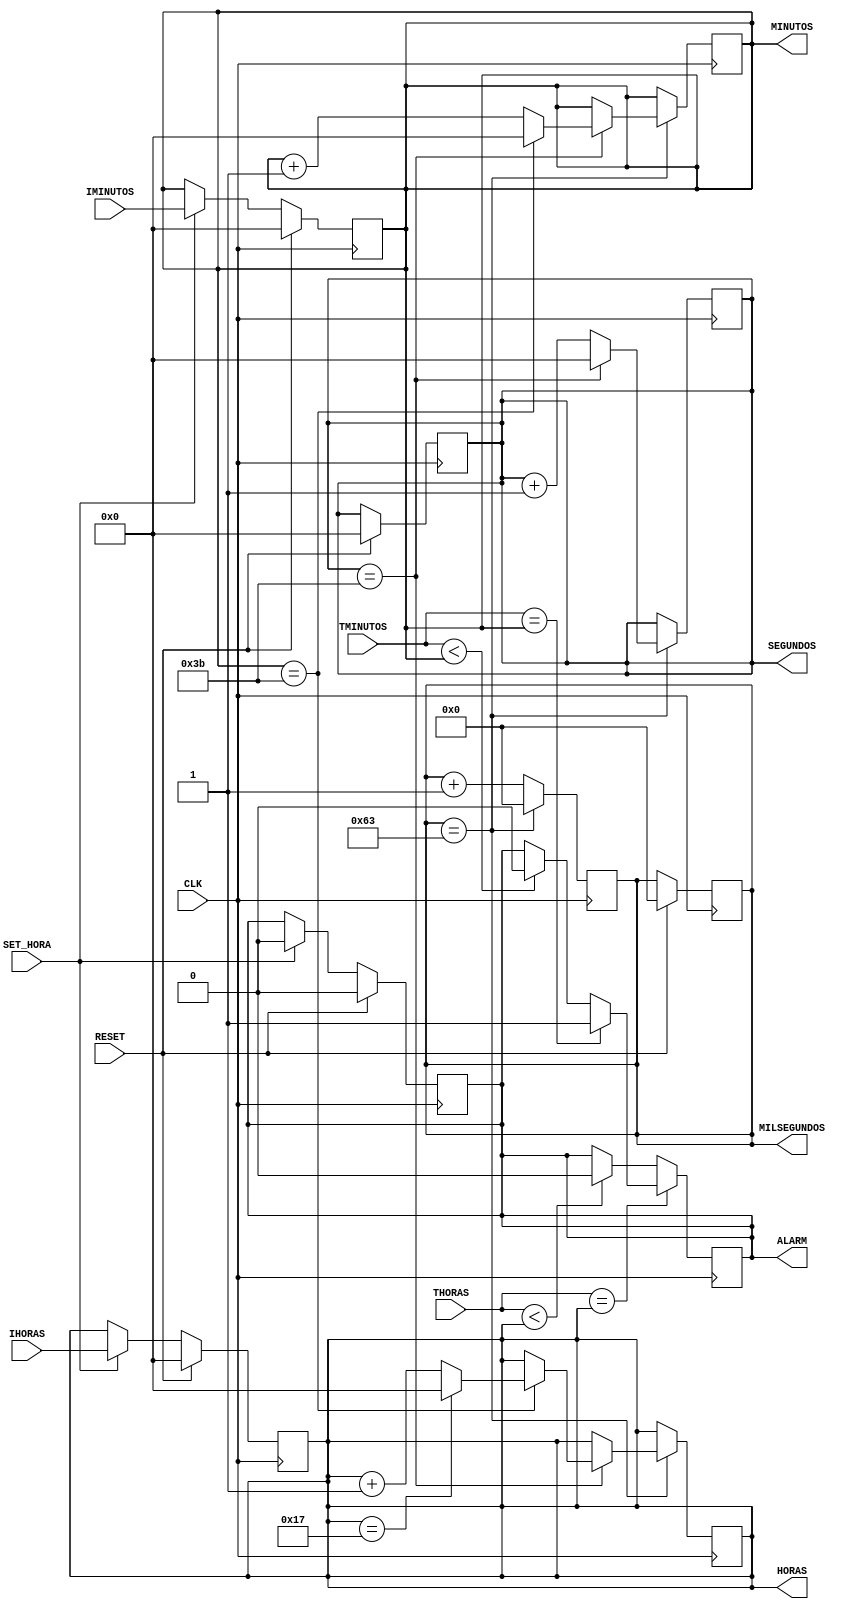
module Reloj(
    input CLK,
    input [5:0]TMINUTOS,
    input [5:0]THORAS,
    input [5:0]IMINUTOS,
    input [5:0]IHORAS,
    input RESET,
    input SET_HORA,
    output reg [6:0] MILSEGUNDOS,
    output reg [5:0] SEGUNDOS,
    output reg [5:0] MINUTOS,
    output reg [5:0] HORAS,
    output reg ALARM
);

initial begin 
    MILSEGUNDOS=0;
    SEGUNDOS=0;
    MINUTOS=0;
    HORAS=0;
    ALARM=0;
end

 always @(posedge CLK)
    begin
        if(RESET)
        begin
            MILSEGUNDOS=0;
            SEGUNDOS=0;
            MINUTOS=0;
            HORAS=0;
            ALARM=0;
        end
        else if(SET_HORA)
        begin
            MINUTOS=IMINUTOS;
            HORAS=IHORAS;
            ALARM=0;
        end
    end

always @ (negedge CLK )
begin
    if(THORAS==HORAS)
    begin
        if(TMINUTOS==MINUTOS)
        begin
            ALARM<=1;
        end
        else if(TMINUTOS<MINUTOS)
        begin
            ALARM<=0;
        end
    end
    else if(THORAS<HORAS)
    begin
        ALARM<=0;
    end
    if(MILSEGUNDOS==99)
    begin
        MILSEGUNDOS=0;
        if (SEGUNDOS==59) 
        begin
            SEGUNDOS=0;
            if (MINUTOS==59) 
            begin
               MINUTOS=0;
               if (HORAS==23) 
               begin
                   HORAS=0;
               end 
               else
                begin
                    HORAS<=HORAS+1;
                end
            end
            else
            begin
                MINUTOS<=MINUTOS+1;
            end
        end
        else
        begin
            SEGUNDOS<=SEGUNDOS+1;
        end
    end
    else 
    begin
        MILSEGUNDOS<=MILSEGUNDOS+1;
    end
end
endmodule